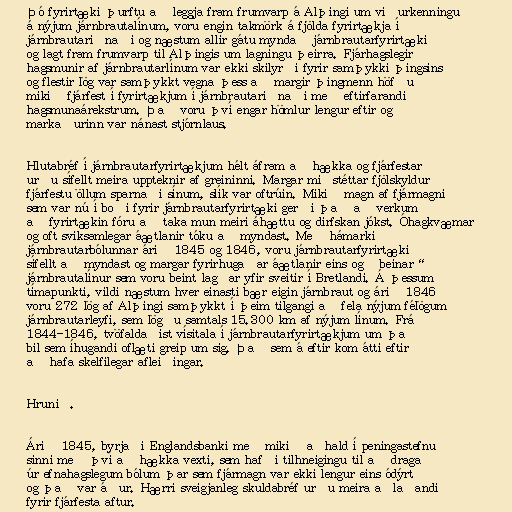
Þó fyrirtæki þurftu að leggja fram frumvarp á Alþingi um viðurkenningu
á nýjum járnbrautalínum, voru engin takmörk á fjölda fyrirtækja í
járnbrautariðnaði og næstum allir gátu myndað járnbrautarfyrirtæki
og lagt fram frumvarp til Alþingis um lagningu þeirra. Fjárhagslegir
hagsmunir af járnbrautarlínum var ekki skilyrði fyrir samþykki þingsins
og flestir lög var samþykkt vegna þess að margir þingmenn höfðu
mikið fjárfest í fyrirtækjum í járnbrautariðnaði með eftirfarandi
hagsmunaárekstrum. Það voru því engar hömlur lengur eftir og
markaðurinn var nánast stjórnlaus.

Hlutabréf í járnbrautarfyrirtækjum hélt áfram að hækka og fjárfestar
urðu sífellt meira uppteknir af greininni. Margar miðstéttar fjölskyldur
fjárfestu öllum sparnaði sínum, slík var oftrúin. Mikið magn af fjármagni
sem var nú í boði fyrir járnbrautarfyrirtæki gerði það að verkum
að fyrirtækin fóru að taka mun meiri áhættu og dirfskan jókst. Óhagkvæmar
og oft sviksamlegar áætlanir tóku að myndast. Með hámarki
járnbrautarbólunnar árið 1845 og 1846, voru járnbrautarfyrirtæki
sífellt að myndast og margar fyrirhugaðar áætlanir eins og „beinar“
járnbrautalínur sem voru beint lagðar yfir sveitir í Bretlandi. Á þessum
tímapunkti, vildi næstum hver einasti bær eigin járnbraut og árið 1846
voru 272 lög af Alþingi samþykkt í þeim tilgangi að fela nýjum félögum
járnbrautarleyfi, sem lögðu samtals 15.300 km af nýjum línum. Frá
1844-1846, tvöfaldaðist vísitala í járnbrautarfyrirtækjum um það
bil sem íhugandi oflæti greip um sig. Það sem á eftir kom átti eftir
að hafa skelfilegar afleiðingar.

Hrunið.

Árið 1845, byrjaði Englandsbanki með mikið aðhald í peningastefnu
sinni með því að hækka vexti, sem hafði tilhneigingu til að draga
úr efnahagslegum bólum þar sem fjármagn var ekki lengur eins ódýrt
og það var áður. Hærri sveigjanleg skuldabréf urðu meira aðlaðandi
fyrir fjárfesta aftur.